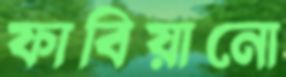
ফাবিয়ানো